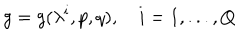
g = g ( \lambda ^ { i } , p , q ) , i = 1 , . . . , Q